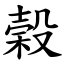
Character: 榖